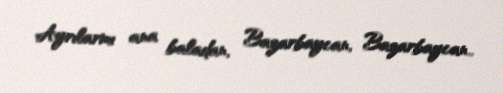
Ayrılarmı ana baladan, Bazarbaycan, Bazarbaycan..